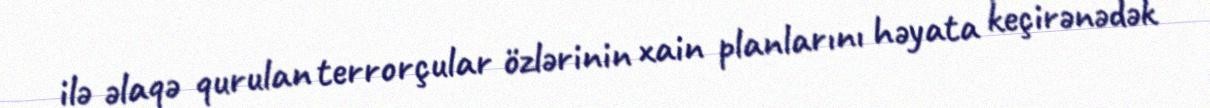
ilə əlaqə qurulan terrorçular özlərinin xain planlarını həyata keçirənədək